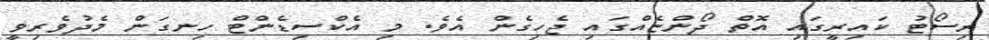
ރިސޯޓު ކައިރީގައި އޮތް ދޯންޏެއްގައި ޖެހިގެން އެވެ. މި އެކްސިޑެންޓް ހިނގަން މެދުވެރިވީ